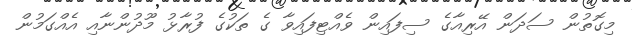
މިގޮތުން ސަދަން އޭރިއާގެ ސިފައިން ވެއްޓިފައިވާ ގެ ތަކުގެ ފުރާޅު މޫދުންނާއި އެއްގަމުން